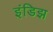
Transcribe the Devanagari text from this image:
इंडिझ